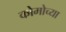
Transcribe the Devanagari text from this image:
कोमोच्या